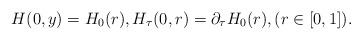
LaTeX: \begin{align*}H(0,y)=H_0(r), H_\tau(0,r)=\partial_\tau H_0(r), (r \in [0,1]).\end{align*}